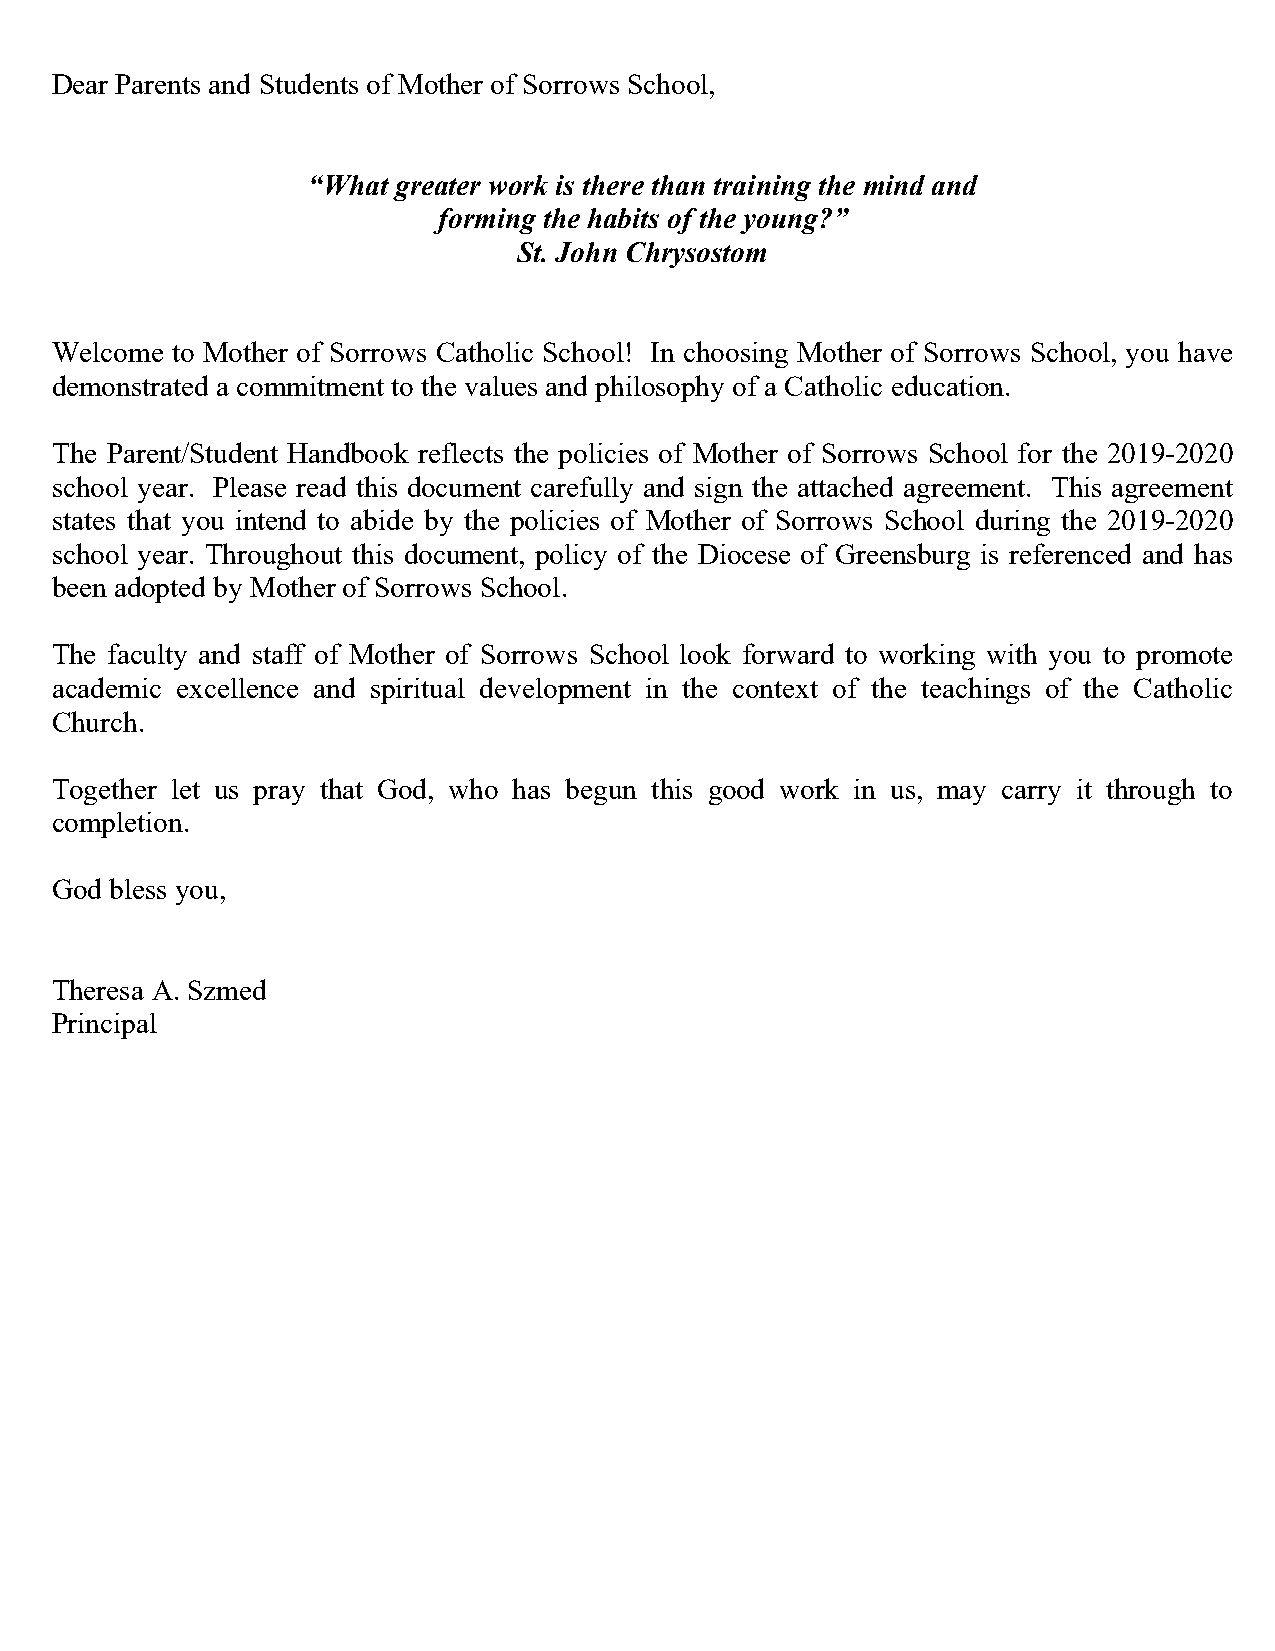
Dear Parents and Students of Mother of Sorrows School,
 “What greater work is there than training the mind and
 forming the habits of the young?”
 St. John Chrysostom
 Welcome to Mother of Sorrows Catholic School! In choosing Mother of Sorrows School, you have
 demonstrated a commitment to the values and philosophy of a Catholic education.
 The Parent/Student Handbook reflects the policies of Mother of Sorrows School for the 2019-2020
 school year. Please read this document carefully and sign the attached agreement. This agreement
 states that you intend to abide by the policies of Mother of Sorrows School during the 2019-2020
 school year. Throughout this document, policy of the Diocese of Greensburg is referenced and has
 been adopted by Mother of Sorrows School.
 The faculty and staff of Mother of Sorrows School look forward to working with you to promote
 academic excellence and spiritual development in the context of the teachings of the Catholic
 Church.
 Together let us pray that God, who has begun this good work in us, may carry it through to
 completion.
 God bless you,
 Theresa A. Szmed
 Principal